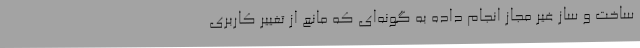
ساخت و ساز غیر مجاز انجام داده به گونه‌ای که مانع از تغییر کاربری